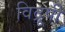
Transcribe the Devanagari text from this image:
विद्रूपी